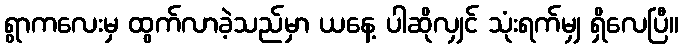
ရွာကလေးမှ ထွက်လာခဲ့သည်မှာ ယနေ့ ပါဆိုလျှင် သုံးရက်မျှ ရှိလေပြီ။